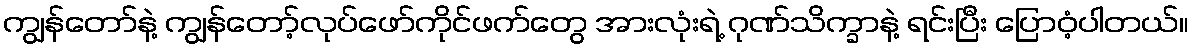
ကျွန်တော်နဲ့ ကျွန်တော့်လုပ်ဖော်ကိုင်ဖက်တွေ အားလုံးရဲ့ ဂုဏ်သိက္ခာနဲ့ ရင်းပြီး ပြောဝံ့ပါတယ်။